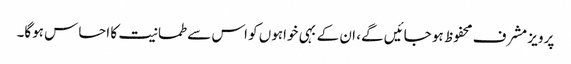
پرویز مشرف محفوظ ہو جائیں گے، ان کے بہی خواہوں کو اس سے طمانیت کا احساس ہوگا۔